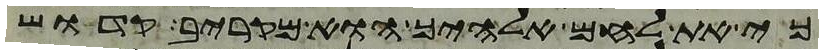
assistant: כי את לחם אלהיך הוא מקריב קדוש